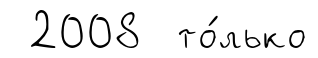
2008 то́лько